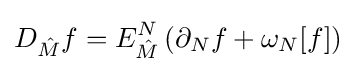
D_{\hat {M}}f=E_{\hat {M}}^{N}\left(\partial _{N}f+\omega _{N}[f]\right)